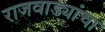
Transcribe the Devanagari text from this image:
राजवाड्यांचा